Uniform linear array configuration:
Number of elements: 64
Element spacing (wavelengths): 0.75
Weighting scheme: cosine
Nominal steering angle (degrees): -45
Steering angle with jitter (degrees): -44.318
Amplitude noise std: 0.05
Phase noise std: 0.05

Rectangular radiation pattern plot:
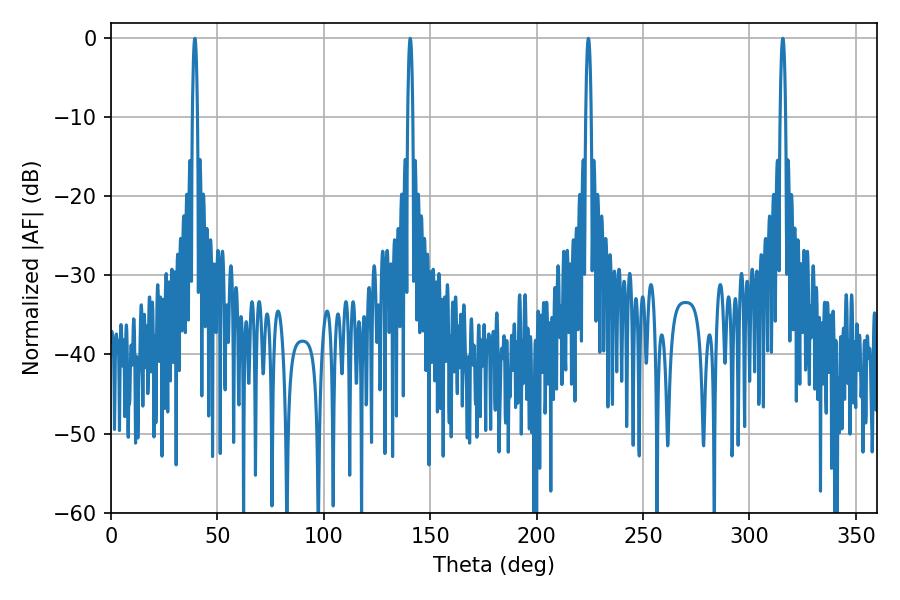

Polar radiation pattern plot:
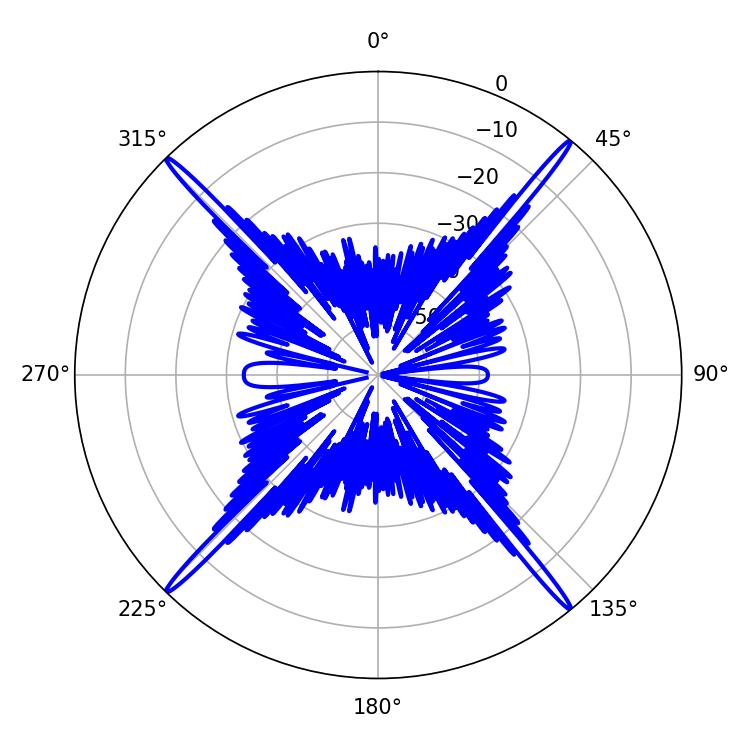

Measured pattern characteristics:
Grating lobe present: TRUE
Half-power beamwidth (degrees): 1.26
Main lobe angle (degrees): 140.58